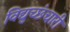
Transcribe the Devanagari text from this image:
विद्युच्छंचारी